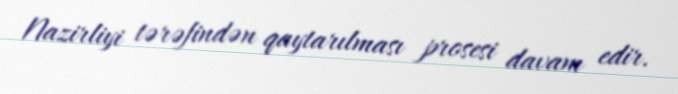
Nazirliyi tərəfindən qaytarılması prosesi davam edir.